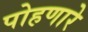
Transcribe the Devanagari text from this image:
पोहणारे